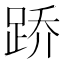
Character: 𫏋